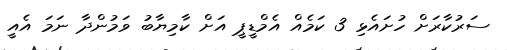
ސަރުކާރަށް ހުށައެޅި 3 ކަމެއް އެމްޑީޕީ އަށް ކާމިޔާބު ވަމުންދާ ނަމަ އެއީ